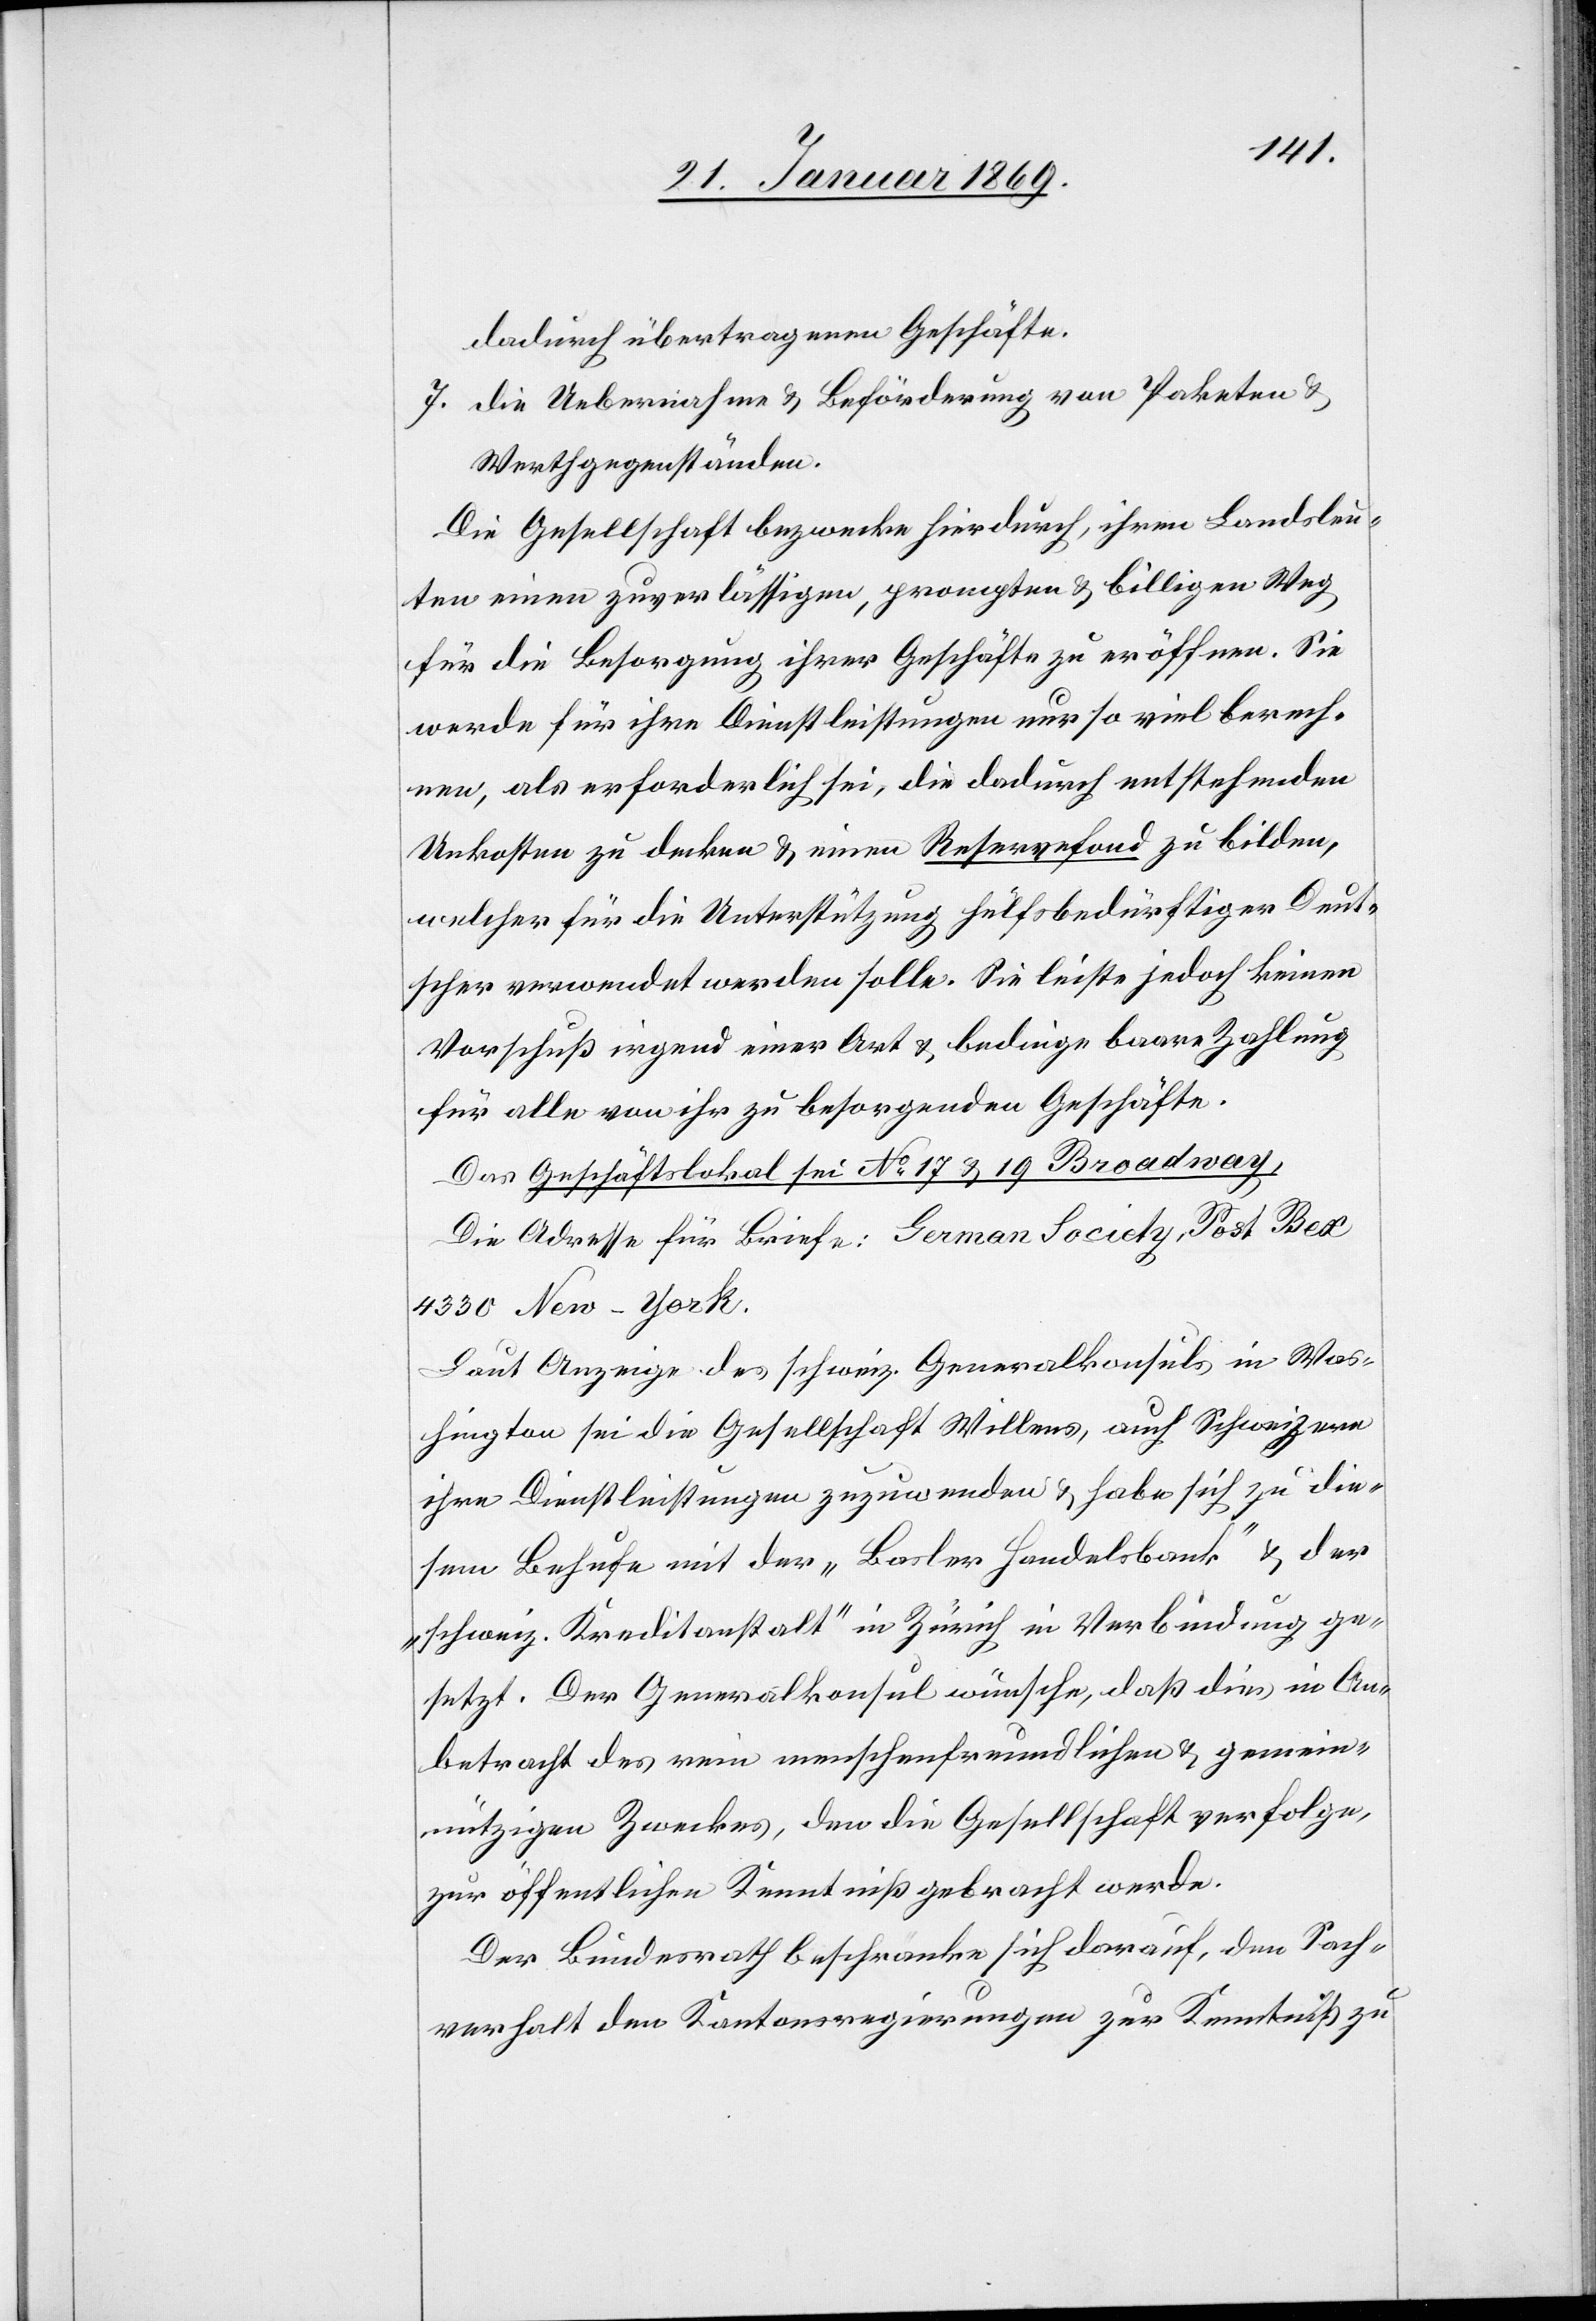
dadurch übertragenen Geschäften.
7. Die Uebernahme & Beförderung von Paketen &
Werthgegenständen.
Die Gesellschaft bezwecke hierdurch, ihren Landsleu¬
ten einen zuverlässigen, prompten & billigen Weg
für die Besorgung ihrer Geschäfte zu eröffnen. Sie
werde für ihre Dienstleistungen nur so viel berech¬
nen, als erforderlich sei, die dadurch entstehenden
Unkosten zu decken & einen Reservefond zu bilden,
welcher für die Unterstützung hülfsbedürftiger Deut¬
scher verordnet werden solle. Sie leiste jedoch keinen
Vorschuß irgend einer Art & bedinge baare Zahlung
für alle von ihr zu besorgenden Geschäfte.
Das Geschäftslokal sei N° 17 & 19 Broadway,
Die Adresse für Briefe: German Society, Post Bex
4330 New-York.
Laut Anzeige des schweiz. Generalkonsuls in Was¬
hington sei die Gesellschaft Willens, auch Schweizern
ihre Dienstleistungen zuzuwenden & habe sich zu die¬
sem Behufe mit der „Basler Handelsbank“ & der
„schweiz. Kreditanstalt“ in Zürich in Verbindung ge¬
setzt. Der Generalkonsul wünsche, daß dies in An¬
betracht des rein menschenfreundlichen & gemein¬
nützigen Zweckes, den die Gesellschaft verfolge,
zur öffentlichen Kenntniß gebracht werde.
Der Bundesrath beschränke sich darauf, den Sach¬
verhalt den Kantonsregierungen zur Kenntniß zu